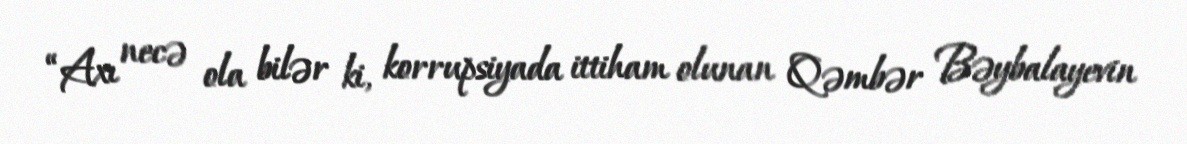
“Axı necə ola bilər ki, korrupsiyada ittiham olunan Qəmbər Bəybalayevin